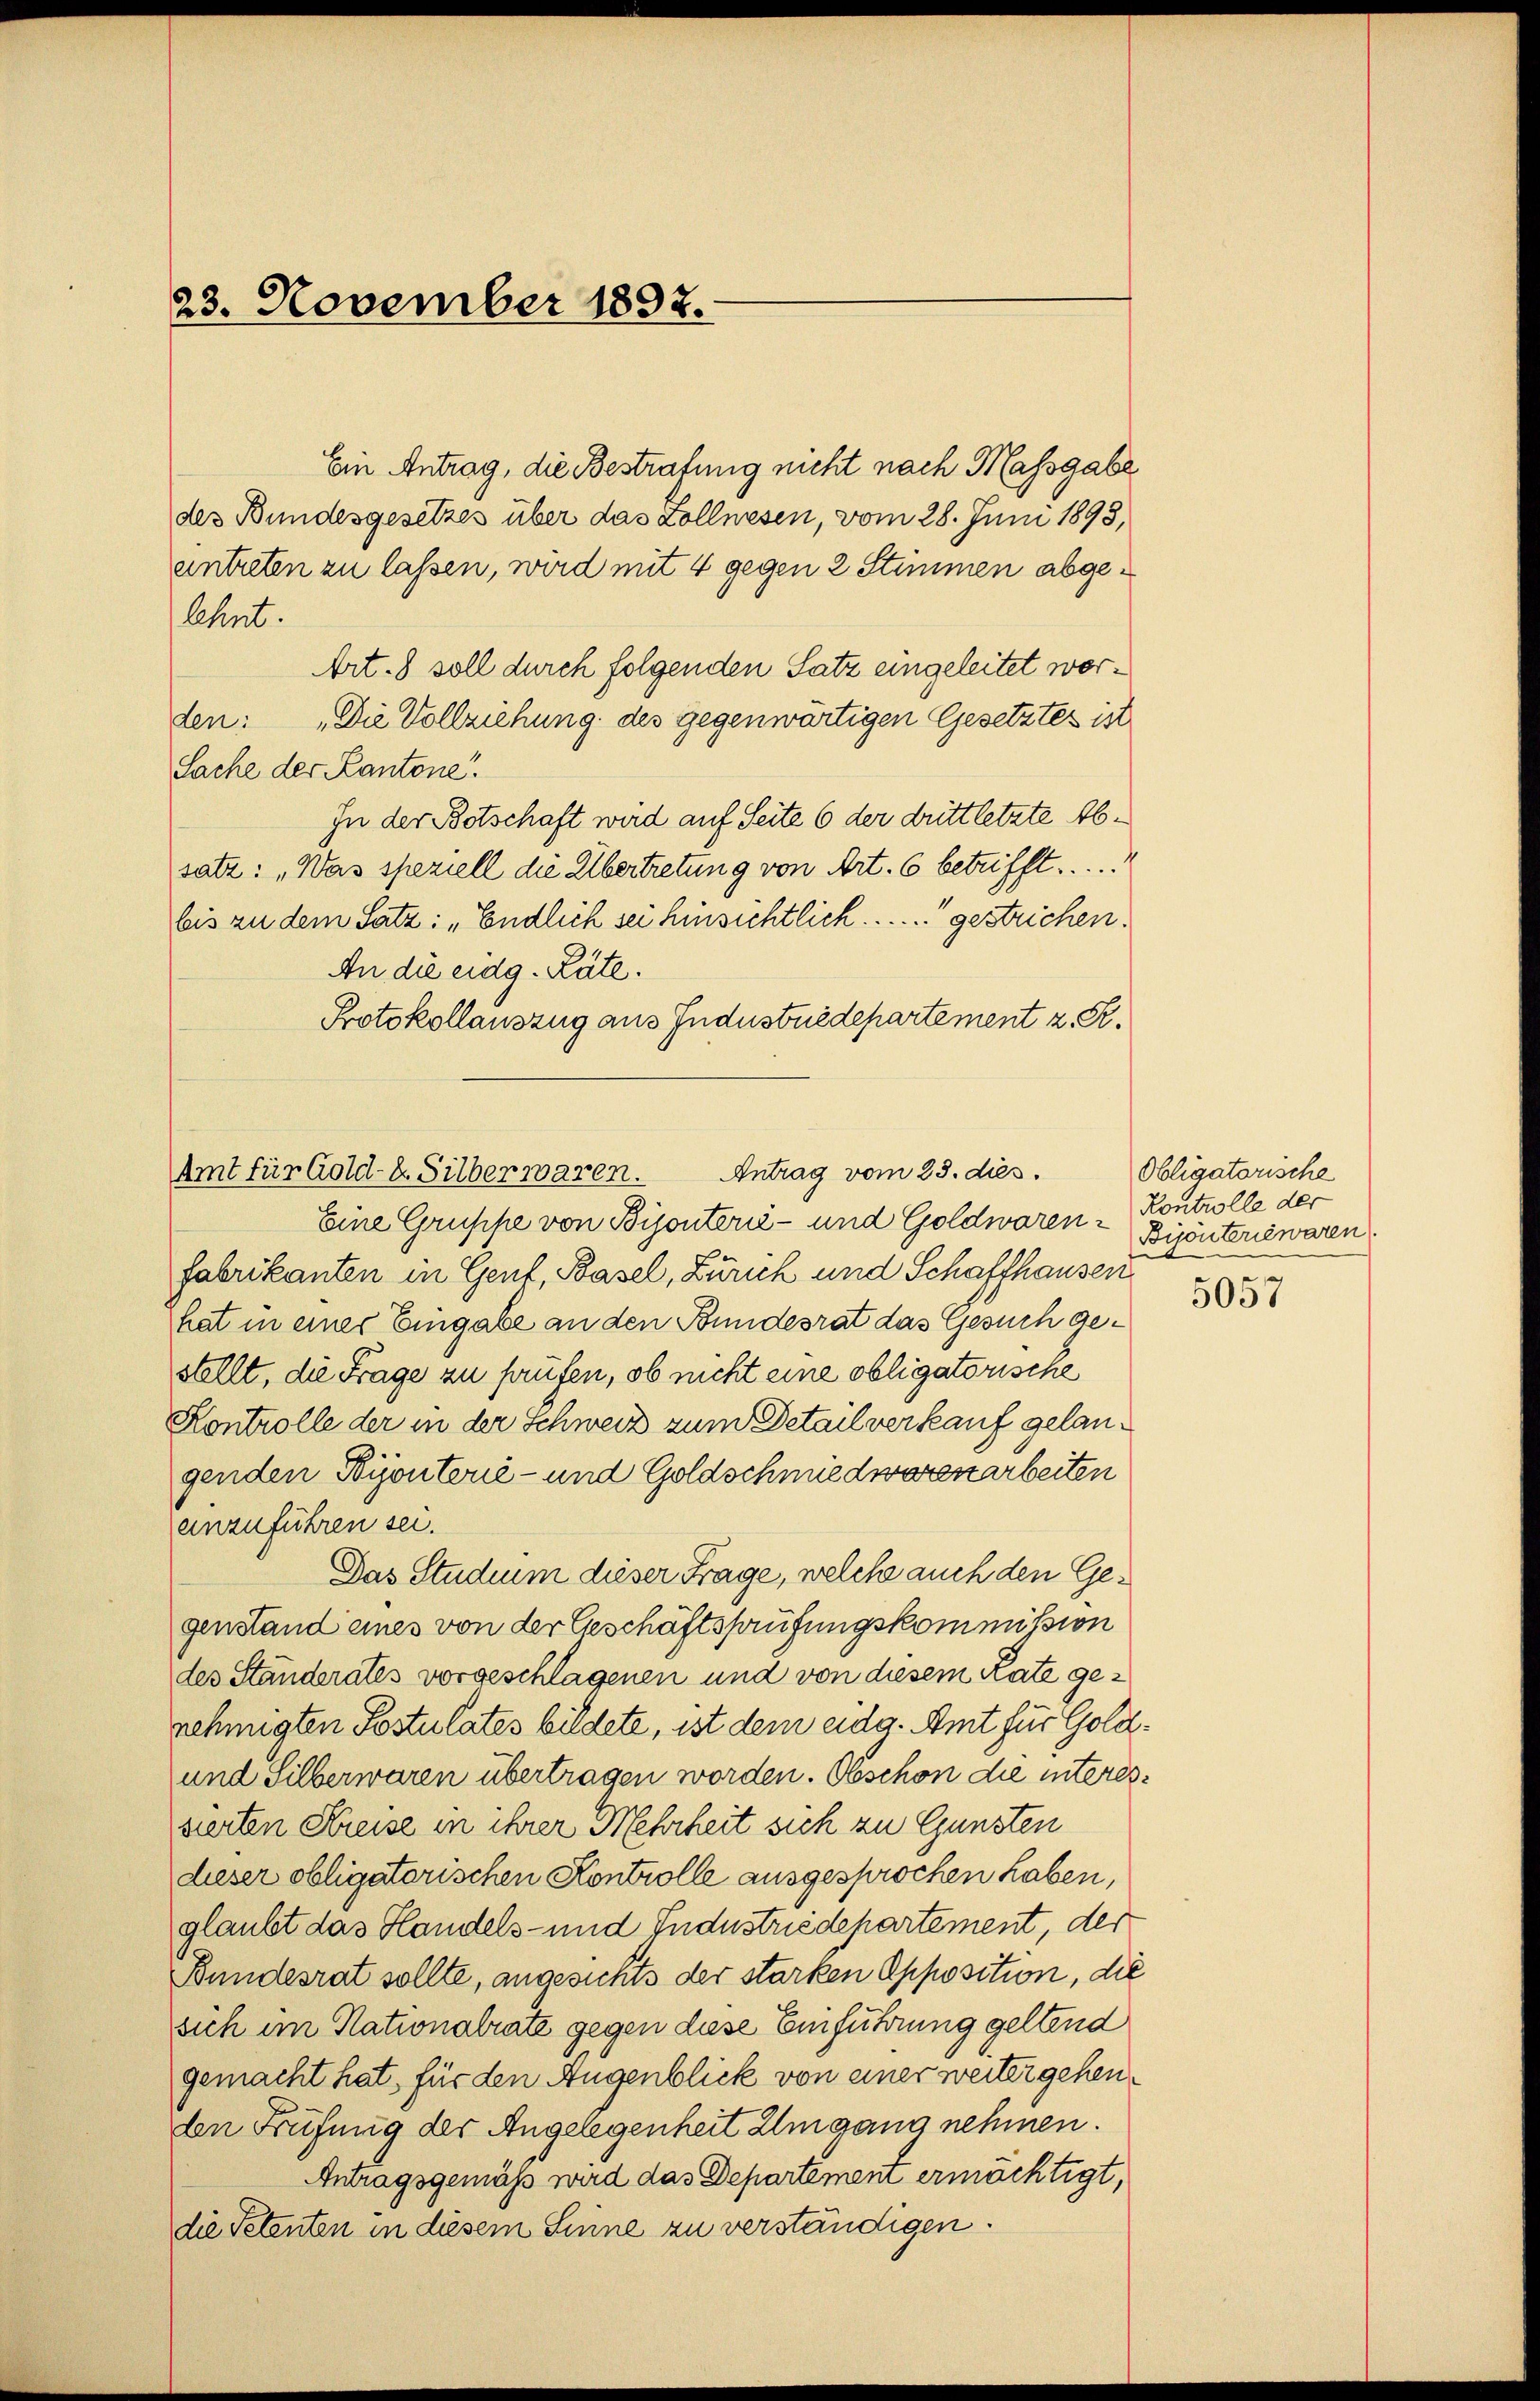
23. November 1892.

Ein Antrag, die Bestrafung nicht nach Massgabe
des Bundesgesetzes über das Zollnesen, vom 28. Juni 1893,
antreten zu lassen, wird mit 4 gegen 2 Stimmen abgelehnt.
Art. 8 soll durch folgenden Satz eingeleitet worden: „Die Vollziehung des gegenwärtigen Gesetztes ist
Sache der Kantone.
In der Botschaft wird auf Seite 6 der dritt letzte Absatz: „Was speziell die Übertretung von Art. 6 betrifft.
bis zu dem Satz: „Endlich sei hinsichtlich ....... gestrichen.
An die eidg. Räte.
Protokollauszug aus Industriedepartement z. S.

Amt für Gold-E. Silber waren. Antrag vom 25. dies
Eine Gruppe von Bijonterie- und Goldwaren Kontrolle der

fabrikanten in Genf, Basel, Zürich und Schaffhausen
hat in einer Eingabe an den Bundesrat das Gesuch gestellt, die Frage zu prüfen, ob nicht eine obligatorische
Kontrolle der in der Schweiz zum Detail verkauf gelangenden Winterie- und Goldschmiedworenarbeiten
anzuführen sei.
Das Studium dieser Frage, welche auch den Gegenstand eines von der Geschäftsprüfungskommission
des Standerates vorgeschlagenen und von diesem Rate genehmigten Postulates bildete, ist dem eidg. Amt für Gold¬
und Silberwaren übertragen worden. Obschon die interessierten Kreise in ihrer Mehrheit sich zu Gunsten
dieser obligatorischen Kontrolle ausgesprochen haben,
glaubt das Handels- und Industriedepartement, der
Bundesrat sollte, angesichts der starken Opposition, die
sich im Stationalrate gegen diese Einführung geltend
gemacht hat, für den Augenblick von einer weiter gehenden Früfung der Angelegenheit Umgang nehmen.
Antragsgemäß wird das Departement ermöchtigt,
die Petenten in diesem Sinne zu verständigen.

Obligatorische
Bijönteriewaren.

5057